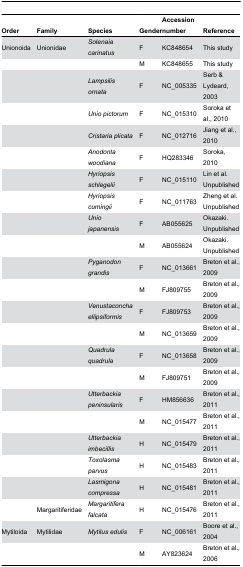
| Order | Family | Species | Gender | Accession number | Reference |
 | --- | --- | --- | --- | --- | --- |
 | Unionoida | Unionidae | Solenaia carinatus | F | KC848654 | This study |
 |  |  |  | M | KC848655 | This study |
 |  |  | Lampsilis ornata | F | NC_005335 | Serb & Lydeard, 2003 |
 |  |  | Unio pictorum | F | NC_015310 | Soroka et al., 2010 |
 |  |  | Cristaria plicata | F | NC_012716 | Jiang et al., 2010 |
 |  |  | Anodonta woodiana | F | HQ283346 | Soroka, 2010 |
 |  |  | Hyriopsis schlegelii | F | NC_015110 | Lin et al. Unpublished |
 |  |  | Hyriopsis cumingii | F | NC_011763 | Zheng et al. Unpublished |
 |  |  | Unio japanensis | F | AB055625 | Okazaki. Unpublished |
 |  |  |  | M | AB055624 | Okazaki. Unpublished |
 |  |  | Pyganodon grandis | F | NC_013661 | Breton et al., 2009 |
 |  |  |  | M | FJ809755 | Breton et al., 2009 |
 |  |  | Venustaconcha ellipsiformis | F | FJ809753 | Breton et al., 2009 |
 |  |  |  | M | NC_013659 | Breton et al., 2009 |
 |  |  | Quadrula quadrula | F | NC_013658 | Breton et al., 2009 |
 |  |  |  | M | FJ809751 | Breton et al., 2009 |
 |  |  | Utterbackia peninsularis | F | HM856636 | Breton et al., 2011 |
 |  |  |  | M | NC_015477 | Breton et al., 2011 |
 |  |  | Utterbackia imbecillis | H | NC_015479 | Breton et al., 2011 |
 |  |  | Toxolasma parvus | H | NC_015483 | Breton et al., 2011 |
 |  |  | Lasmigona compressa | H | NC_015481 | Breton et al., 2011 |
 |  | Margaritiferidae | Margaritifera falcata | H | NC_015476 | Breton et al., 2011 |
 | Mytiloida | Mytilidae | Mytilus edulis | F | NC_006161 | Boore et al., 2004 |
 |  |  |  | M | AY823624 | Breton et al., 2006 |